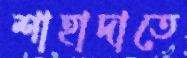
শাহাদাতে